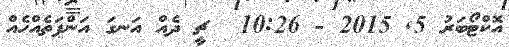
އޮކްޓޯބަރު 5